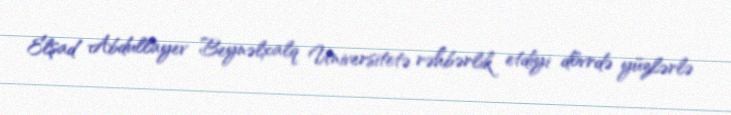
Elşad Abdullayev Beynəlxalq Universitetə rəhbərlik etdiyi dövrdə yüzlərlə